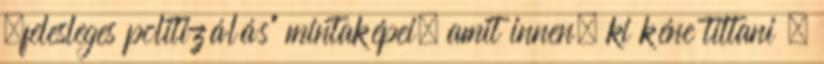
„felesleges politizálás” mintaképei, amit innen, ki kéne tiltani –